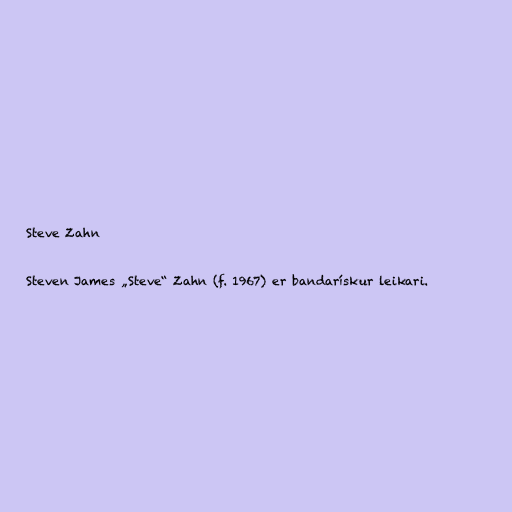
Steve Zahn

Steven James „Steve“ Zahn (f. 1967) er bandarískur leikari.